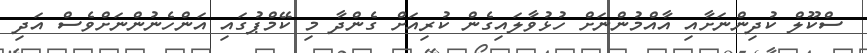
ސްކޫލް ކުދިންނަށާއި އާއްމުންނަށް ހުޅުވާލައިގެން ކުރިއަށް ގެންދާ މި ކޭމްޕުގައި އަންހެނުންނަށްވެސް އަދި